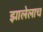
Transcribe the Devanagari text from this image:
झालेलाच